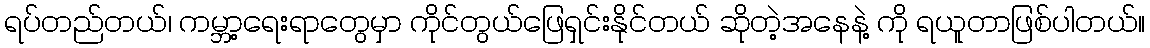
ရပ်တည်တယ်၊ ကမ္ဘာ့ရေးရာတွေမှာ ကိုင်တွယ်ဖြေရှင်းနိုင်တယ် ဆိုတဲ့အနေနဲ့ ကို ရယူတာဖြစ်ပါတယ်။